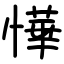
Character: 㦊